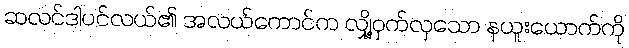
ဆလင်ဒါပင်လယ်၏ အလယ်ကောင်က လျှို့ဝှက်လှသော နယူးယောက်ကို